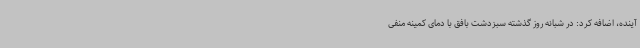
آینده، اضافه کرد: در شبانه روز گذشته سبزدشت بافق با دمای کمینه منفی